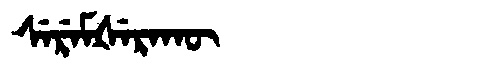
Manchu: ᠰᡝᡵᡝᠮᡧᡝᡵᠠᡴᡡ
Romanization: SEREMŠERAKŪ